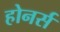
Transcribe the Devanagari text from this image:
होनर्स